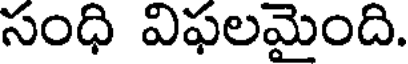
సంధి విఫలమైంది.